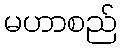
မဟာစည်